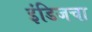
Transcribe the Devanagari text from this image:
इंडिजचा